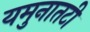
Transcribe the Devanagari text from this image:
यमुनातटी